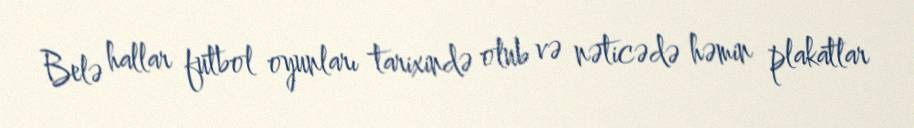
Belə hallar futbol oyunları tarixində olub və nəticədə həmin plakatlar